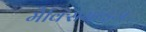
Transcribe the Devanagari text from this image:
मैक्सिमाइज